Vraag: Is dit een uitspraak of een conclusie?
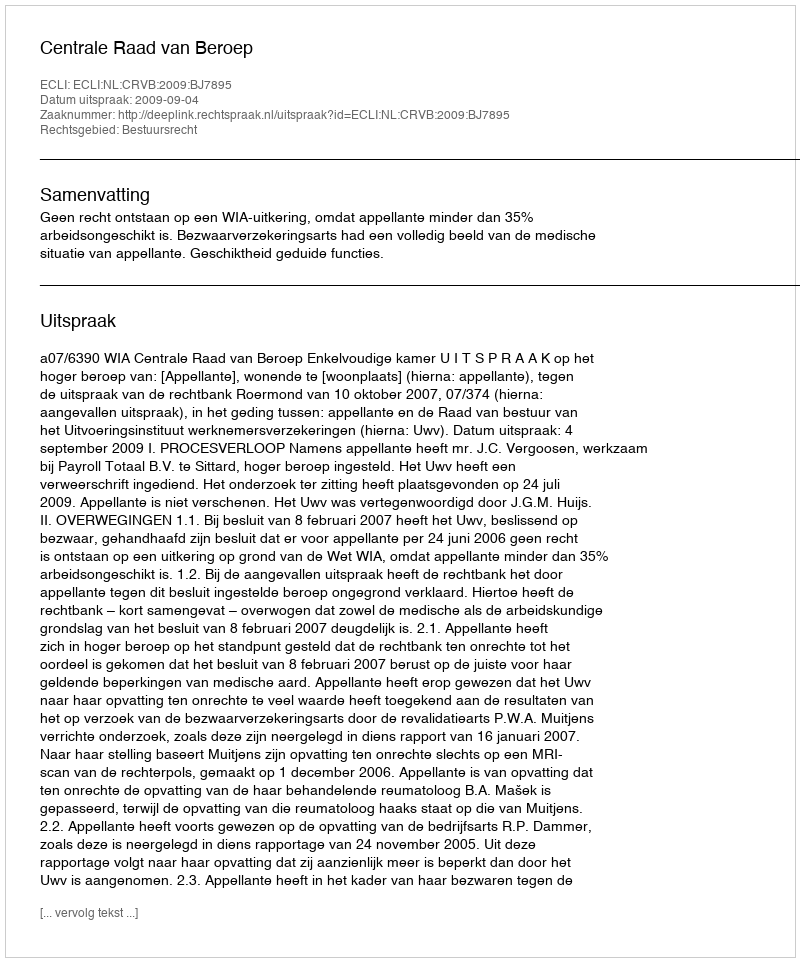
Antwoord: Uitspraak